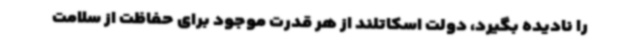
را نادیده بگیرد، دولت اسکاتلند از هر قدرت موجود برای حفاظت از سلامت